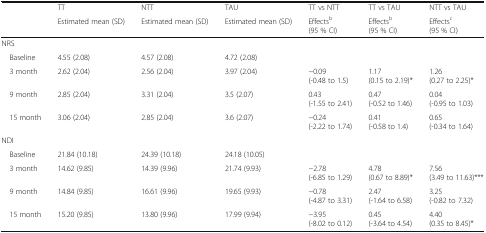
<table><thead><tr><td rowspan="2"></td><td><b>TT</b></td><td><b>NTT</b></td><td><b>TAU</b></td><td><b>TT vs NTT</b></td><td><b>TT vs TAU</b></td><td><b>NTT vs TAU</b></td></tr><tr><td><b>Estimated mean (SD)</b></td><td><b>Estimated mean (SD)</b></td><td><b>Estimated mean (SD)</b></td><td><b>Effects<sup>b</sup>(95 % CI)</b></td><td><b>Effects<sup>b</sup>(95 % CI)</b></td><td><b>Effects<sup>c</sup>(95 % CI)</b></td></tr></thead><tbody><tr><td colspan="7">NRS</td></tr><tr><td> Baseline</td><td>4.55 (2.08)</td><td>4.57 (2.08)</td><td>4.72 (2.08)</td><td></td><td></td><td></td></tr><tr><td> 3 month</td><td>2.62 (2.04)</td><td>2.56 (2.04)</td><td>3.97 (2.04)</td><td>−0.09(-0.48 to 1.5)</td><td>1.17(0.15 to 2.19)*</td><td>1.26(0.27 to 2.25)*</td></tr><tr><td> 9 month</td><td>2.85 (2.04)</td><td>3.31 (2.04)</td><td>3.5 (2.07)</td><td>0.43(-1.55 to 2.41)</td><td>0.47(-0.52 to 1.46)</td><td>0.04(-0.95 to 1.03)</td></tr><tr><td> 15 month</td><td>3.06 (2.04)</td><td>2.85 (2.04)</td><td>3.6 (2.07)</td><td>−0.24(-2.22 to 1.74)</td><td>0.41(-0.58 to 1.4)</td><td>0.65(-0.34 to 1.64)</td></tr><tr><td colspan="7">NDI</td></tr><tr><td> Baseline</td><td>21.84 (10.18)</td><td>24.39 (10.18)</td><td>24.18 (10.05)</td><td></td><td></td><td></td></tr><tr><td> 3 month</td><td>14.62 (9.85)</td><td>14.39 (9.96)</td><td>21.74 (9.93)</td><td>−2.78(-6.85 to 1.29)</td><td>4.78(0.67 to 8.89)*</td><td>7.56(3.49 to 11.63)***</td></tr><tr><td> 9 month</td><td>14.84 (9.85)</td><td>16.61 (9.96)</td><td>19.65 (9.93)</td><td>−0.78(-4.87 to 3.31)</td><td>2.47(-1.64 to 6.58)</td><td>3.25(-0.82 to 7.32)</td></tr><tr><td> 15 month</td><td>15.20 (9.85)</td><td>13.80 (9.96)</td><td>17.99 (9.94)</td><td>−3.95(-8.02 to 0.12)</td><td>0.45(-3.64 to 4.54)</td><td>4.40(0.35 to 8.45)*</td></tr></tbody></table>